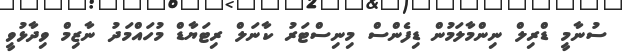
ސުނާމީ ޑްރިލް ނިންމާލަމުން ޑިފެންސް މިނިސްޓަރު ކާނަލް ރިޓަޔާޑް މުހައްމަދު ނާޒިމް ވިދާޅުވީ